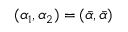
( \alpha _ { 1 } , \alpha _ { 2 } ) = ( \bar { \alpha } , \bar { \alpha } )